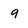
Character: q